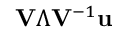
\mathbf { V } \boldsymbol { \Lambda } \mathbf { V } ^ { - 1 } \mathbf { u }